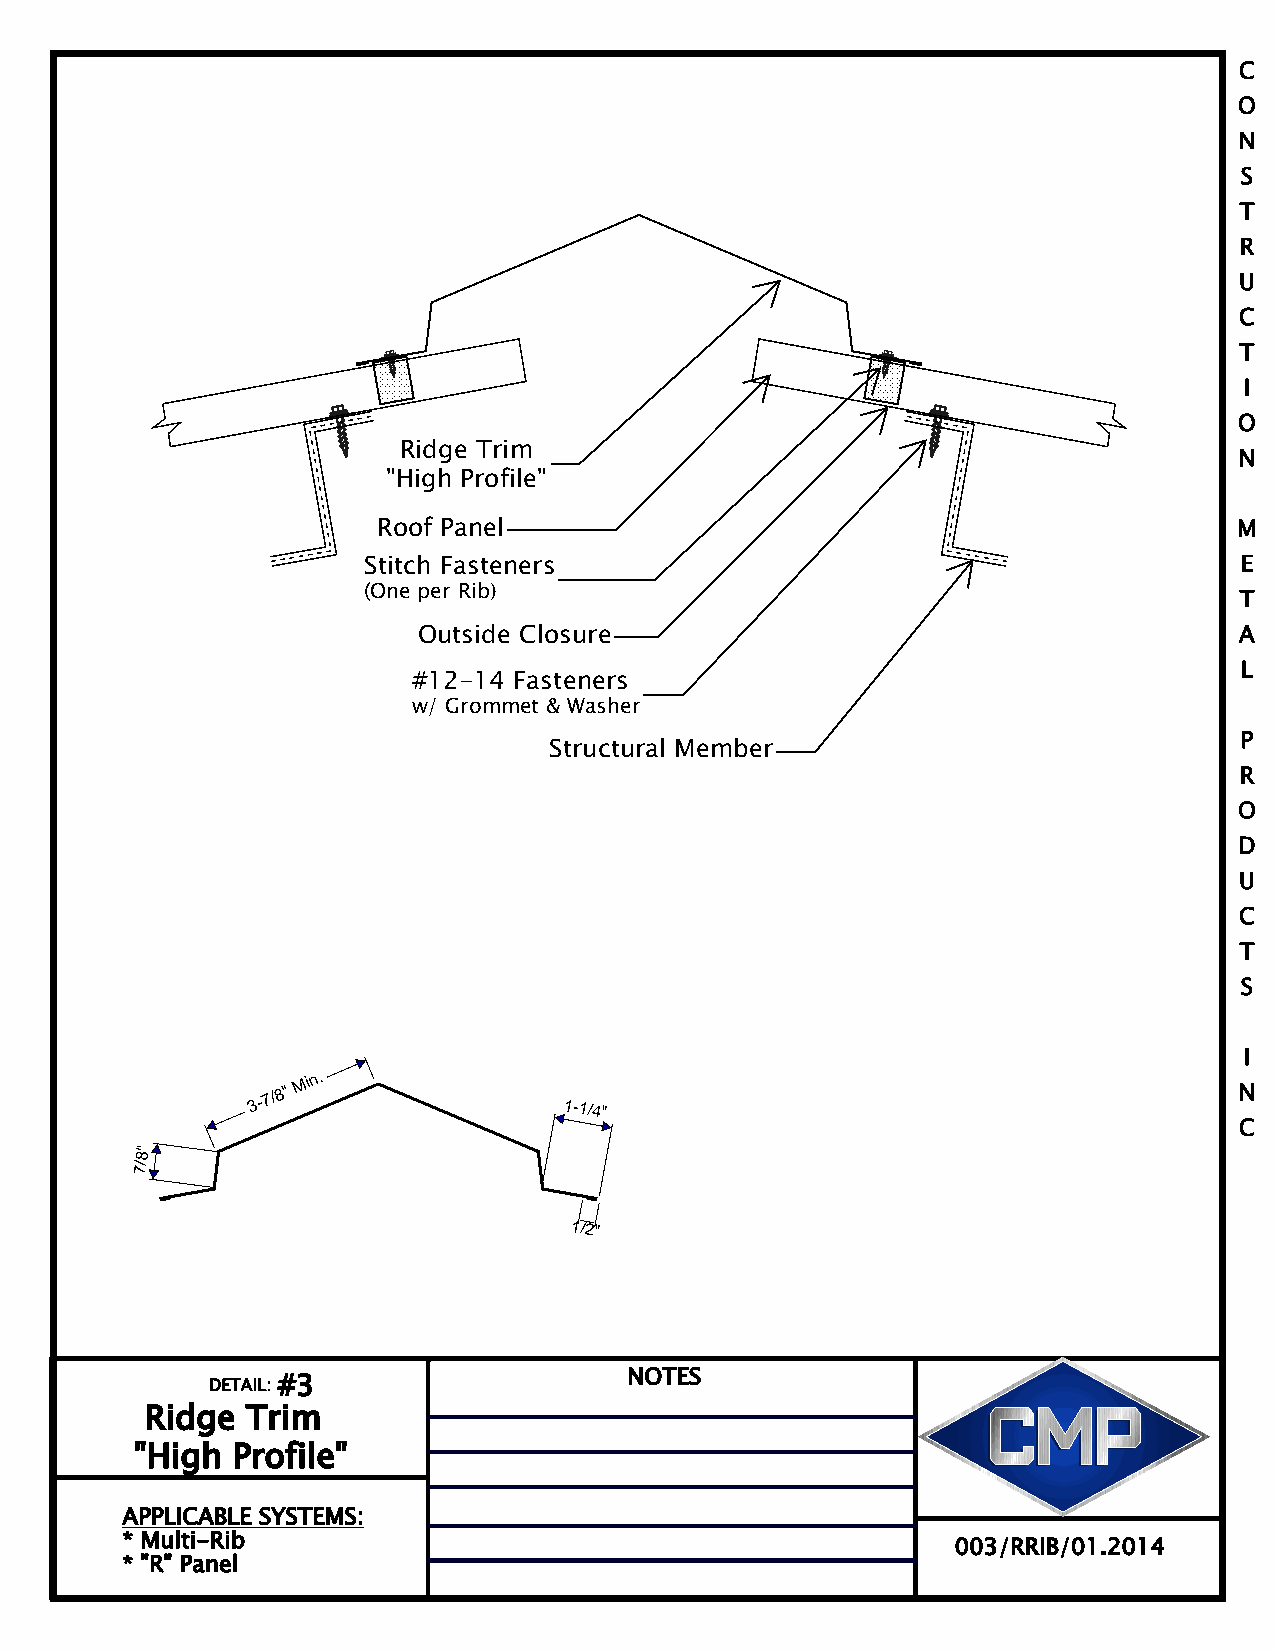
C
 O
 N
 S
 T
 R
 U
 C
 T
 I
 O
 Ridge Trim                                              N
 "High Profile"
 M
 Roof Panel
 E
 Stitch Fasteners
 (One per Rib)                                             T
 A
 Outside Closure
 L
 #12 14 Fasteners
 w/ Grommet & Washer
 P
 Structural Member
 R
 O
 D
 U
 C
 T
 S
 I
 3-7/8"
 Min.
 1-1/4"
 N
 C
 8"
 7/
 1/2"
 DETAIL: #3                  NOTES
 Ridge Trim
 "High Profile"
 APPLICABLE SYSTEMS:
 * Multi Rib
 003/RRIB/01.2014
 * "R" Panel